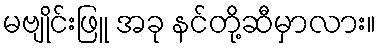
မဗျိုင်းဖြူ အခု နင်တို့ဆီမှာလား။